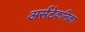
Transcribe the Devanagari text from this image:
अर्सटेकनिका